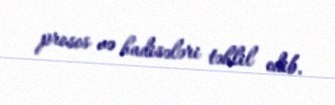
proses və hadisələri təhlil edib.